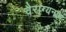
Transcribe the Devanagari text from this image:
वैराग्यनाथ